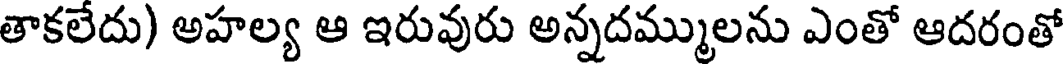
తాకలేదు) అహల్య ఆ ఇరువురు అన్నదమ్ములను ఎంతో ఆదరంతో